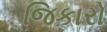
જિકારો